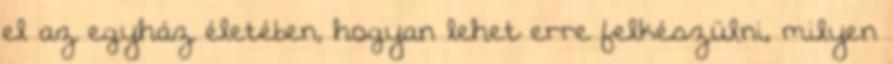
el az egyház életében, hogyan lehet erre felkészülni, milyen